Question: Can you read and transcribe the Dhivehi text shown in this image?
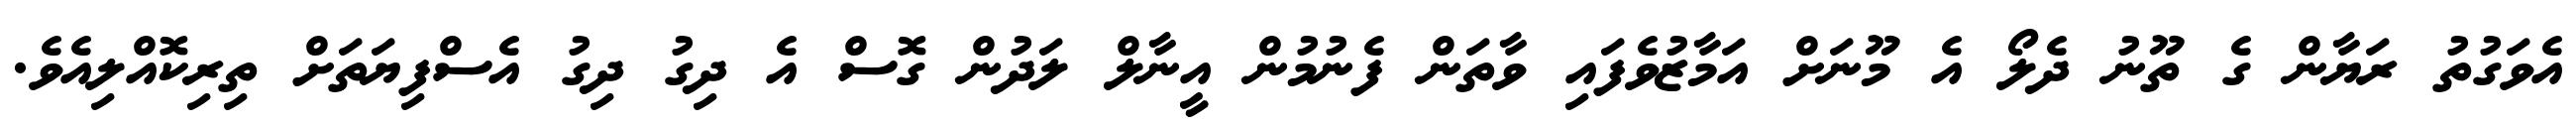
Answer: އެވަގުތު ރަޔާން ގެ ތޫނު ދެލޯ އެ މޫނަށް އަމާޒުވެފައި ވާތަން ފެނުމުން އީނާލް ލަދުން ގޮސް އެ ދިގު ދިގު އެސްފިޔަތަށް ތިރިކޮއްލިއެވެ.